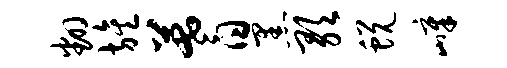
翻旌蓍黑歌蜕嶂